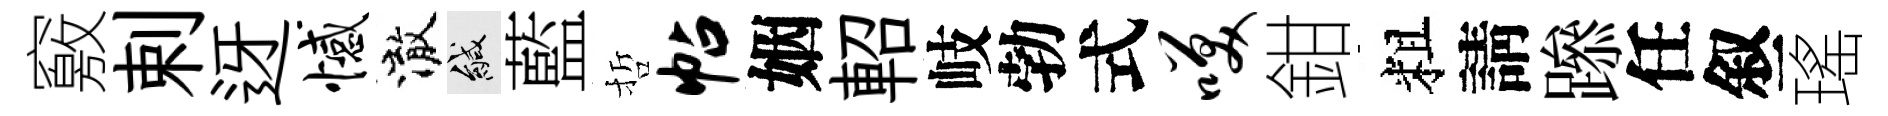
竅剌迓憾澈緘藍哲帖姻軺岐勃式笑鉗粗請𨅶任叙瑤